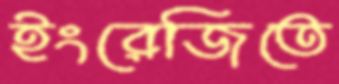
ইংরেজিতে